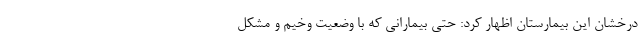
درخشان این بیمارستان اظهار کرد: حتی بیمارانی که با وضعیت وخیم و مشکل